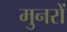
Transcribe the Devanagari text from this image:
मुनरों